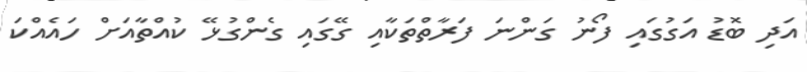
އަދި ބޮޑު އަގުގައި ފޯނު ގަންނަ ފަރާތްތަކާއި ގޭގައި ގެންގުޅޭ ކުއްތާއަށް ހައެއްކަ